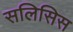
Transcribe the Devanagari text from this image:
सलिसिस